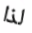
لذا